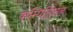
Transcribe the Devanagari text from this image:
कम्पितिसन